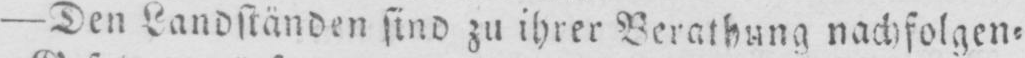
- Den Landständen sind zu ihrer Berathung nachfolgen⸗